Scottish Leaving Certificate Examination, 1961
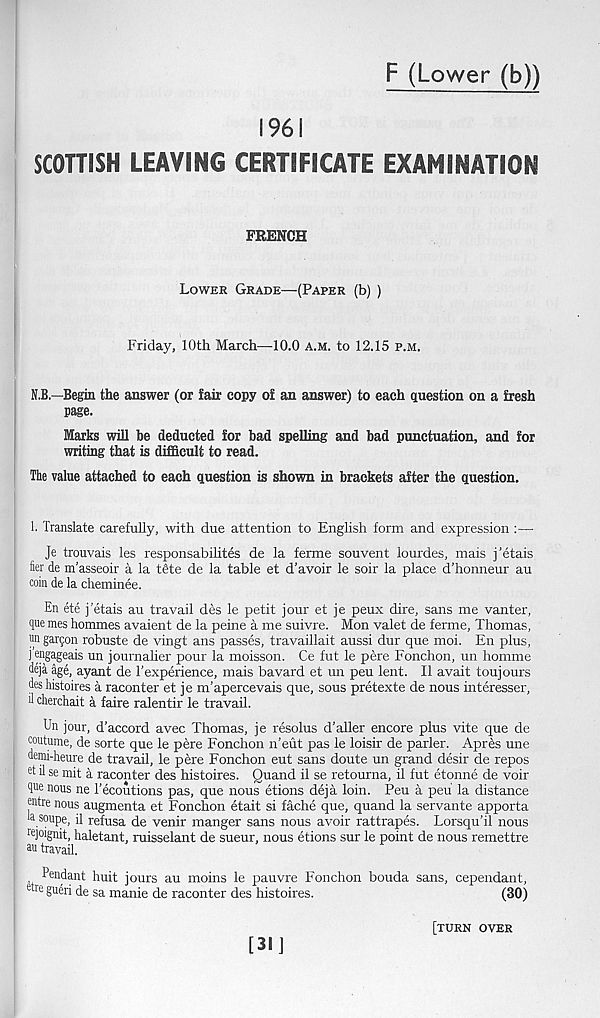
F (Lower (b))
1961
SCOTTISH LEAVING CERTIFICATE EXAMINATION
FRENCH
Lower Grade—(Paper (b) )
Friday, 10th March—10.0 A.M. to 12.15 p.m.
N.B.—Begin the answer (or fair copy of an answer) to each question on a fresh
page.
Marks will be deducted for bad spelling and bad punctuation, and for
writing that is difficult to read.
The value attached to each question is shown in brackets after the question.
1. Translate carefully, with due attention to English form and expression :—
Je trouvais les responsabilites de la ferme souvent lourdes, mais j’etais
her de m’asseoir a la t@te de la table et d’avoir le soir la place d’honneur au
coin de la cheminee.
En ete j'etais au travail des le petit jour et je peux dire, sans me vanter,
que mes hommes avaient de la peine a me suivre. Mon valet de ferme, Thomas,
m garjon robuste de vingt ans passes, travaillait aussi dur que moi. En plus,
J ®gageais un journalier pour la moisson. Ce fut le pere Fonchon, un homme
deja age, ayant de Texperience, mais bavard et un peu lent. II avait toujours
deshistoires a raconter et je m'apercevais que, sous pretexte de nous interesser,
d cherchait a faire ralentir le travail.
Un jour, d’accord avec Thomas, je resolus d’aller encore plus vite que de
coutume, de sorte que le pere Fonchon n'eut pas le loisir de parler. Apres une
demi-heure de travail, le pere Fonchon eut sans doute un grand desir de repos
et il se mit a raconter des histoires. Quand il se retourna, il fut etonne de voir
que nous ne I’ecoutions pas, que nous etions deja loin. Peu a peu la distance
entre nous augmenta et Fonchon etait si fache que, quand la servante apporta
hsoupe, il refusa de venir manger sans nous avoir rattrapes. Lorsqu’il nous
re Joignit, haletant, ruisselant de sueur, nous etions sur le point de nous remettre
travail.
, Pendant huit jours au moins le pauvre Fonchon bouda sans, cependant,
ene gueri de sa manie de raconter des histoires.
(30)
[31]
[turn over